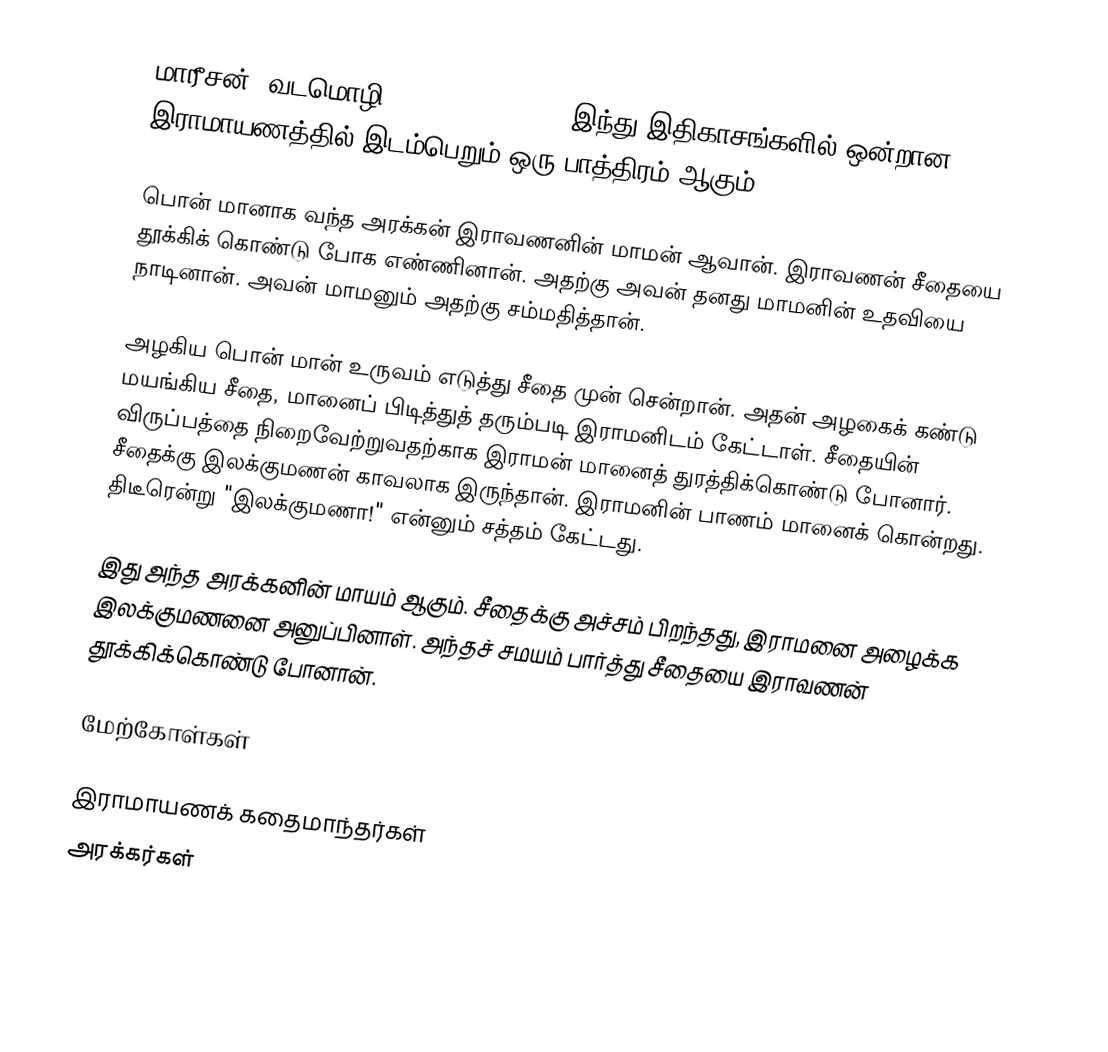
மாரீசன் (வடமொழி: मारीच, mārīcha), இந்து இதிகாசங்களில் ஒன்றான இராமாயணத்தில் இடம்பெறும் ஒரு பாத்திரம் ஆகும்.

பொன் மானாக வந்த அரக்கன் இராவணனின் மாமன் ஆவான்.  இராவணன் சீதையை தூக்கிக் கொண்டு போக எண்ணினான்.  அதற்கு அவன் தனது மாமனின் உதவியை நாடினான். அவன் மாமனும் அதற்கு சம்மதித்தான்.

அழகிய பொன் மான் உருவம் எடுத்து சீதை முன் சென்றான். அதன் அழகைக் கண்டு மயங்கிய சீதை, மானைப் பிடித்துத் தரும்படி இராமனிடம் கேட்டாள். சீதையின் விருப்பத்தை நிறைவேற்றுவதற்காக இராமன் மானைத் துரத்திக்கொண்டு போனார். சீதைக்கு இலக்குமணன் காவலாக இருந்தான். இராமனின் பாணம் மானைக் கொன்றது. திடீரென்று "இலக்குமணா!" என்னும் சத்தம் கேட்டது.

இது அந்த அரக்கனின் மாயம் ஆகும். சீதைக்கு அச்சம் பிறந்தது, இராமனை அழைக்க இலக்குமணனை அனுப்பினாள். அந்தச் சமயம் பார்த்து சீதையை இராவணன் தூக்கிக்கொண்டு போனான்.

மேற்கோள்கள்

இராமாயணக் கதைமாந்தர்கள்
அரக்கர்கள்